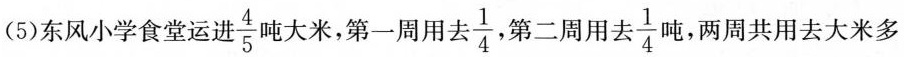
(5)东风小学食堂运 \frac{4}{5} 屯大米，第一周用去 \frac{1}{4} 第二周用去去 \frac{1}{4}，两周共用去大米多